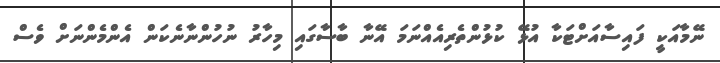
ނޭމާއަކީ ފައިސާއަށްޓަކާ އުޅޭ ކުޅުންތެރިއެއްނަމަ އޭނާ ބާސާގައި މިހާރު ނުހުންނާނެކަން އެންމެންނަށް ވެސް